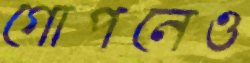
গোপনেও